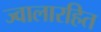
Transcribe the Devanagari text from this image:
ज्वालारहित